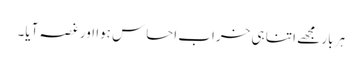
ہر بار مجھے اتنا ہی خراب احساس ہوا اور غصہ آیا۔